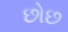
છોછ